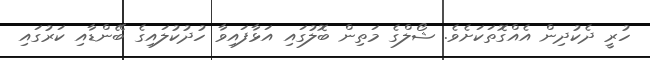
ހުރީ ދެކުދިން އެއްގޮތަކަށެވެ. ޝޯލްގެ މަތިން ބޮލުގައި އަޅާފައިވާ ހުދުކުލައިގެ ބޭންޑާއި ކަރުގައި